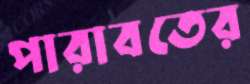
পারাবতের